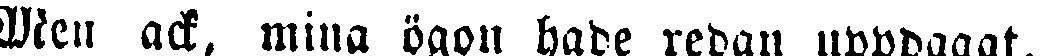
Men ack, mina ögon hade redan uppdagat,